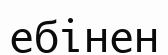
ебінен